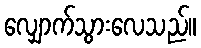
လျှောက်သွားလေသည်။